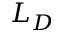
L _ { D }